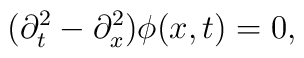
(\partial^{2}_{t}- \partial^{2}_{x})\phi(x,t)=0,